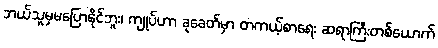
ဘယ်သူမှမပြောနိုင်ဘူး၊ ကျုပ်ဟာ ခုခေတ်မှာ တကယ့်စာရေး ဆရာကြီးတစ်ယောက်